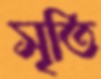
সৃতি